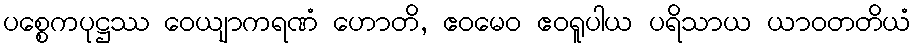
ပစ္စေကပုဋ္ဌဿ ဝေယျာကရဏံ ဟောတိ, ဧဝမေဝ ဧဝရူပါယ ပရိသာယ ယာဝတတိယံ